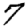
Digit: 7